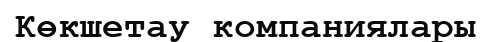
Көкшетау компаниялары